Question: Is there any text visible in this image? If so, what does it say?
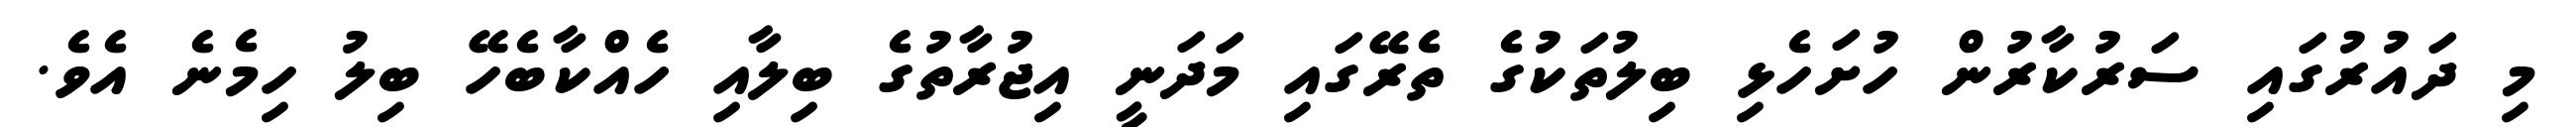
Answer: މި ދައުރުގައި ސަރުކާރުން ހުށަހެޅި ބިލުތަކުގެ ތެރޭގައި މަދަނީ އިޖުރާތުގެ ބިލާއި ހެއްކާބެހޭ ބިލު ހިމެނެ އެވެ.